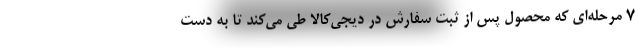
7 مرحله‌ای که محصول پس از ثبت سفارش در دیجی­کالا طی می‌کند تا به دست